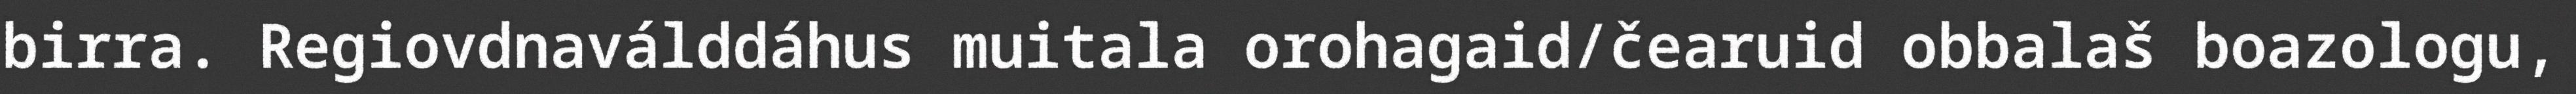
birra. Regiovdnaválddáhus muitala orohagaid/čearuid obbalaš boazologu,